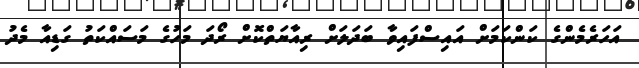
އަހަރެމެންގެ ކަންކަމަށް އައިސްފައިވާ ބަދަލަށް ރިއާޔަތްކޮށް ރޯދަ މަހުގެ މަސައްކަތު ގަޑިއާ މެދު